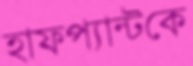
হাফপ্যান্টকে